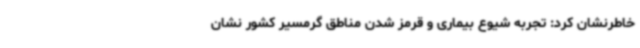
خاطرنشان کرد: تجربه شیوع بیماری و قرمز شدن مناطق گرمسیر کشور نشان